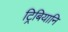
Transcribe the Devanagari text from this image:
ट्रिबियानि